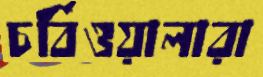
চর্বিওয়ালারা